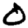
Digit: 0